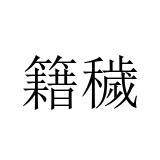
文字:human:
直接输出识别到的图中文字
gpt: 籍穢